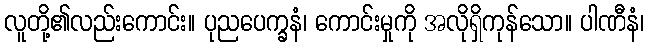
လူတို့၏လည်းကောင်း။ ပုညပေက္ခနံ၊ ကောင်းမှုကို အလိုရှိကုန်သော။ ပါဏီနံ၊